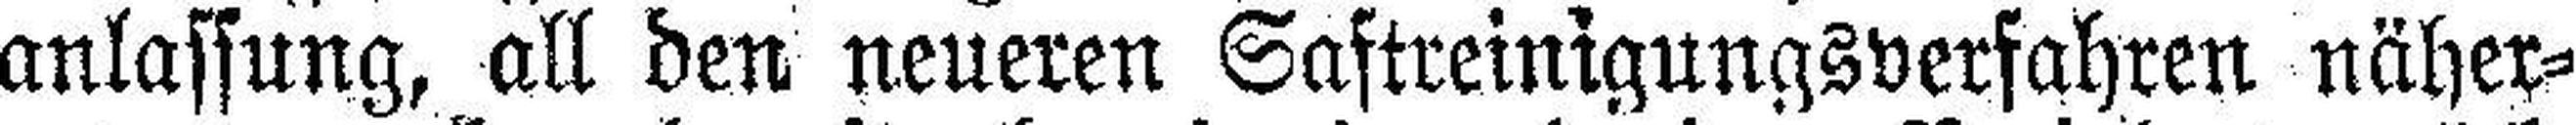
anlassung, all den neueren Saftreinigungsverfahren näher¬